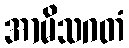
အာမိသဂတံ